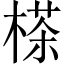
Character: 𣗪